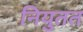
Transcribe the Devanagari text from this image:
नियुतत